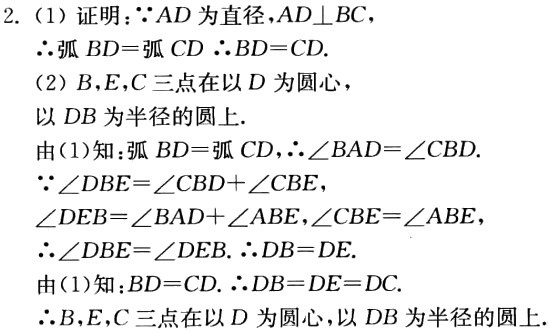
2. (1) 证明：\(\because AD\)为直径，\(AD\perp BC\)，
\(\therefore \overset{\frown}{BD}=\overset{\frown}{CD}\) \(\therefore BD = CD\).
(2) \(B\)，\(E\)，\(C\)三点在以\(D\)为圆心，
以\(DB\)为半径的圆上.
由(1)知：\(\overset{\frown}{BD}=\overset{\frown}{CD}\)，\(\therefore\angle BAD=\angle CBD\).
\(\because\angle DBE=\angle CBD+\angle CBE\)，
\(\angle DEB=\angle BAD+\angle ABE\)，\(\angle CBE=\angle ABE\)，
\(\therefore\angle DBE=\angle DEB\). \(\therefore DB = DE\).
由(1)知：\(BD = CD\). \(\therefore DB = DE = DC\).
\(\therefore B\)，\(E\)，\(C\)三点在以\(D\)为圆心，以\(DB\)为半径的圆上.